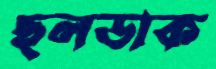
ছলডাক